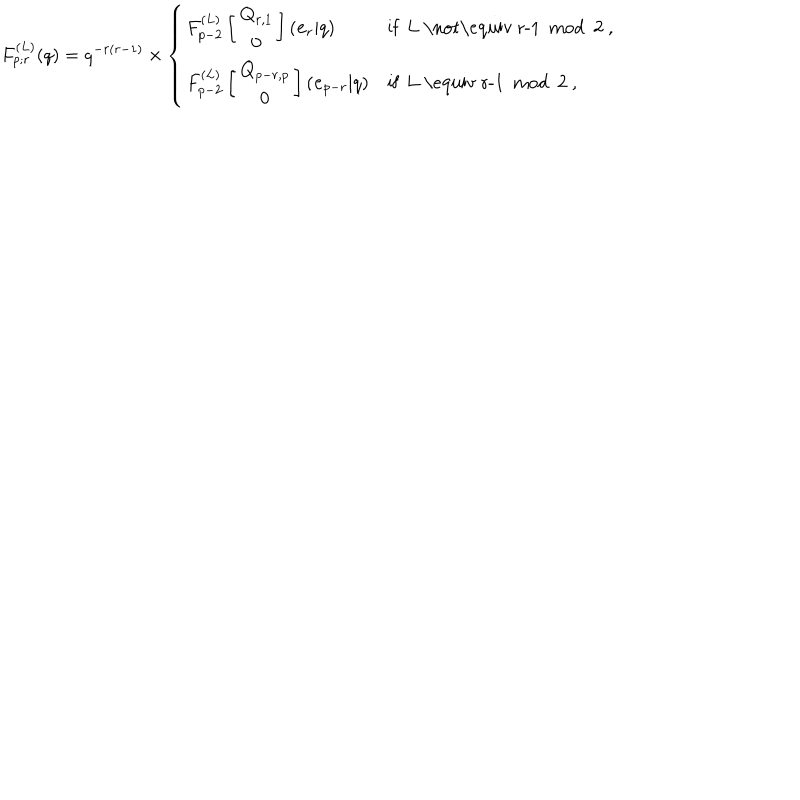
F _ { p ; r } ^ { ( L ) } ( q ) = q ^ { - r ( r - 1 ) } \times \left\{ \begin{array} { l l } { { F _ { p - 2 } ^ { ( L ) } \left[ \begin{array} { c } { { { \bf Q } _ { r , 1 } } } \\ { { { \bf 0 } } } \\ \end{array} \right] ( { \bf e } _ { r } | q ) } } & { { \mathrm { i f ~ L ~ \not \equiv ~ r - 1 ~ m o d ~ 2 ~ } , } } \\ { { F _ { p - 2 } ^ { ( L ) } \left[ \begin{array} { c } { { { \bf Q } _ { p - r , p } } } \\ { { { \bf 0 } } } \\ \end{array} \right] ( { \bf e } _ { p - r } | q ) } } & { { \mathrm { i f ~ L ~ \equiv ~ r - 1 ~ m o d ~ 2 ~ } , } } \\ \end{array} \right.